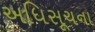
અધિસૂચના